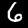
Label: 6